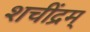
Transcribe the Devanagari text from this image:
शचींद्रम्